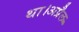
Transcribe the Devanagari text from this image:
था।अप्रैल